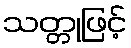
သတ္တုဖြင့်